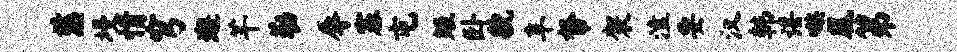
慈墁情穹邂芊勒辱塞屯矩卧貌阜帑袈溘要汉韩谌嗾凰第